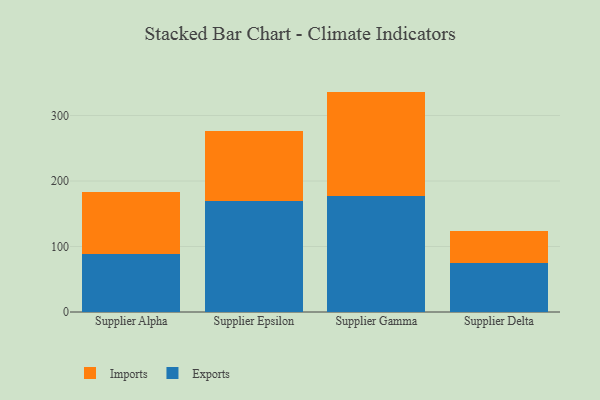
{"axis": {"x": "Supplier", "y": "Gross Profit (USD K)"}, "legend": ["Exports", "Imports"], "data": [{"x": "Supplier Alpha", "y": 88.8, "type": "Exports"}, {"x": "Supplier Alpha", "y": 94.7, "type": "Imports"}, {"x": "Supplier Epsilon", "y": 168.9, "type": "Exports"}, {"x": "Supplier Epsilon", "y": 108.1, "type": "Imports"}, {"x": "Supplier Gamma", "y": 176.9, "type": "Exports"}, {"x": "Supplier Gamma", "y": 159.6, "type": "Imports"}, {"x": "Supplier Delta", "y": 75.5, "type": "Exports"}, {"x": "Supplier Delta", "y": 47.9, "type": "Imports"}]}